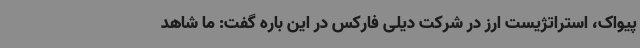
پیواک، استراتژیست ارز در شرکت دیلی فارکس در این باره گفت: ما شاهد